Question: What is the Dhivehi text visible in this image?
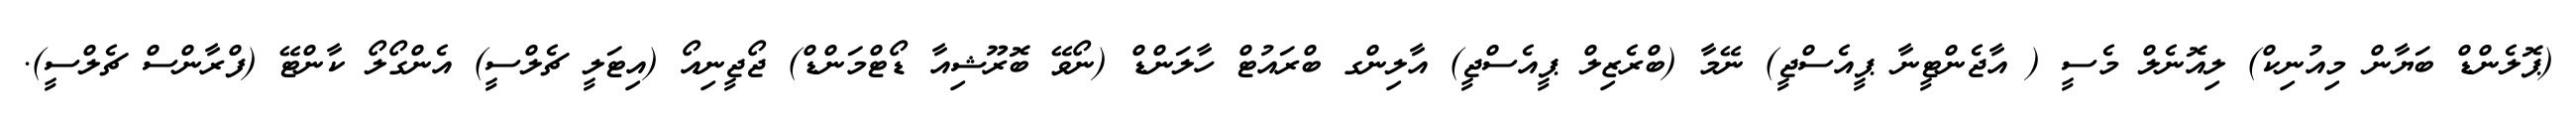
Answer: (ޕޮލެންޑް ބަޔާން މިއުނިކް) ލިއޮނެލް މެސީ ( އާޖެންޓީނާ ޕީއެސްޖީ) ނޭމާ (ބްރެޒިލް ޕީއެސްޖީ) އާލިންގ ބްރައުޓް ހާލަންޑް (ނޯވޭ ބޮރޫޝިއާ ޑޯޓްމަންޑް) ޖޯޖީނިއޯ (އިޓަލީ ޗެލްސީ) އެންގޯލޯ ކާންޓޭ (ފްރާންސް ޗެލްސީ).